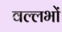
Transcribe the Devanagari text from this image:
वल्लभों